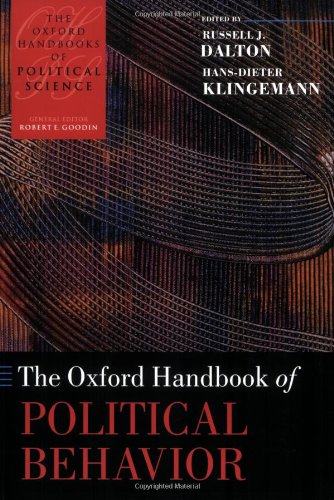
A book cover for The Oxford Handbook of Political Behavior (Oxford Handbooks); Law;